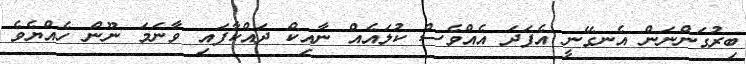
ބިރުގަންނަން އެނގޭނީ އެފަދަ އެއްވެސް ކުލައެއް ނާއިކް ދައްކާފައި ވާނަމަ ނޫން ހެއްޔެވެ